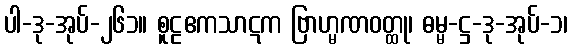
ပါ-ဒု-အုပ်-၂၆၁။ စူဠဧကသာဋက ဗြာဟ္မဏဝတ္ထု၊ ဓမ္မ-ဋ္ဌ-ဒု-အုပ်-၁၊